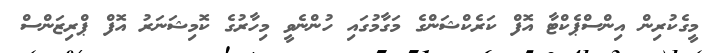
މީގެކުރިން އިންސްޕެކްޓާ އޮފް ކަރެކްޝަންގެ މަގާމުގައި ހުންނެވީ މިހާރުގެ ކޮމިޝަނަރު އޮފް ޕްރިޒަންސް